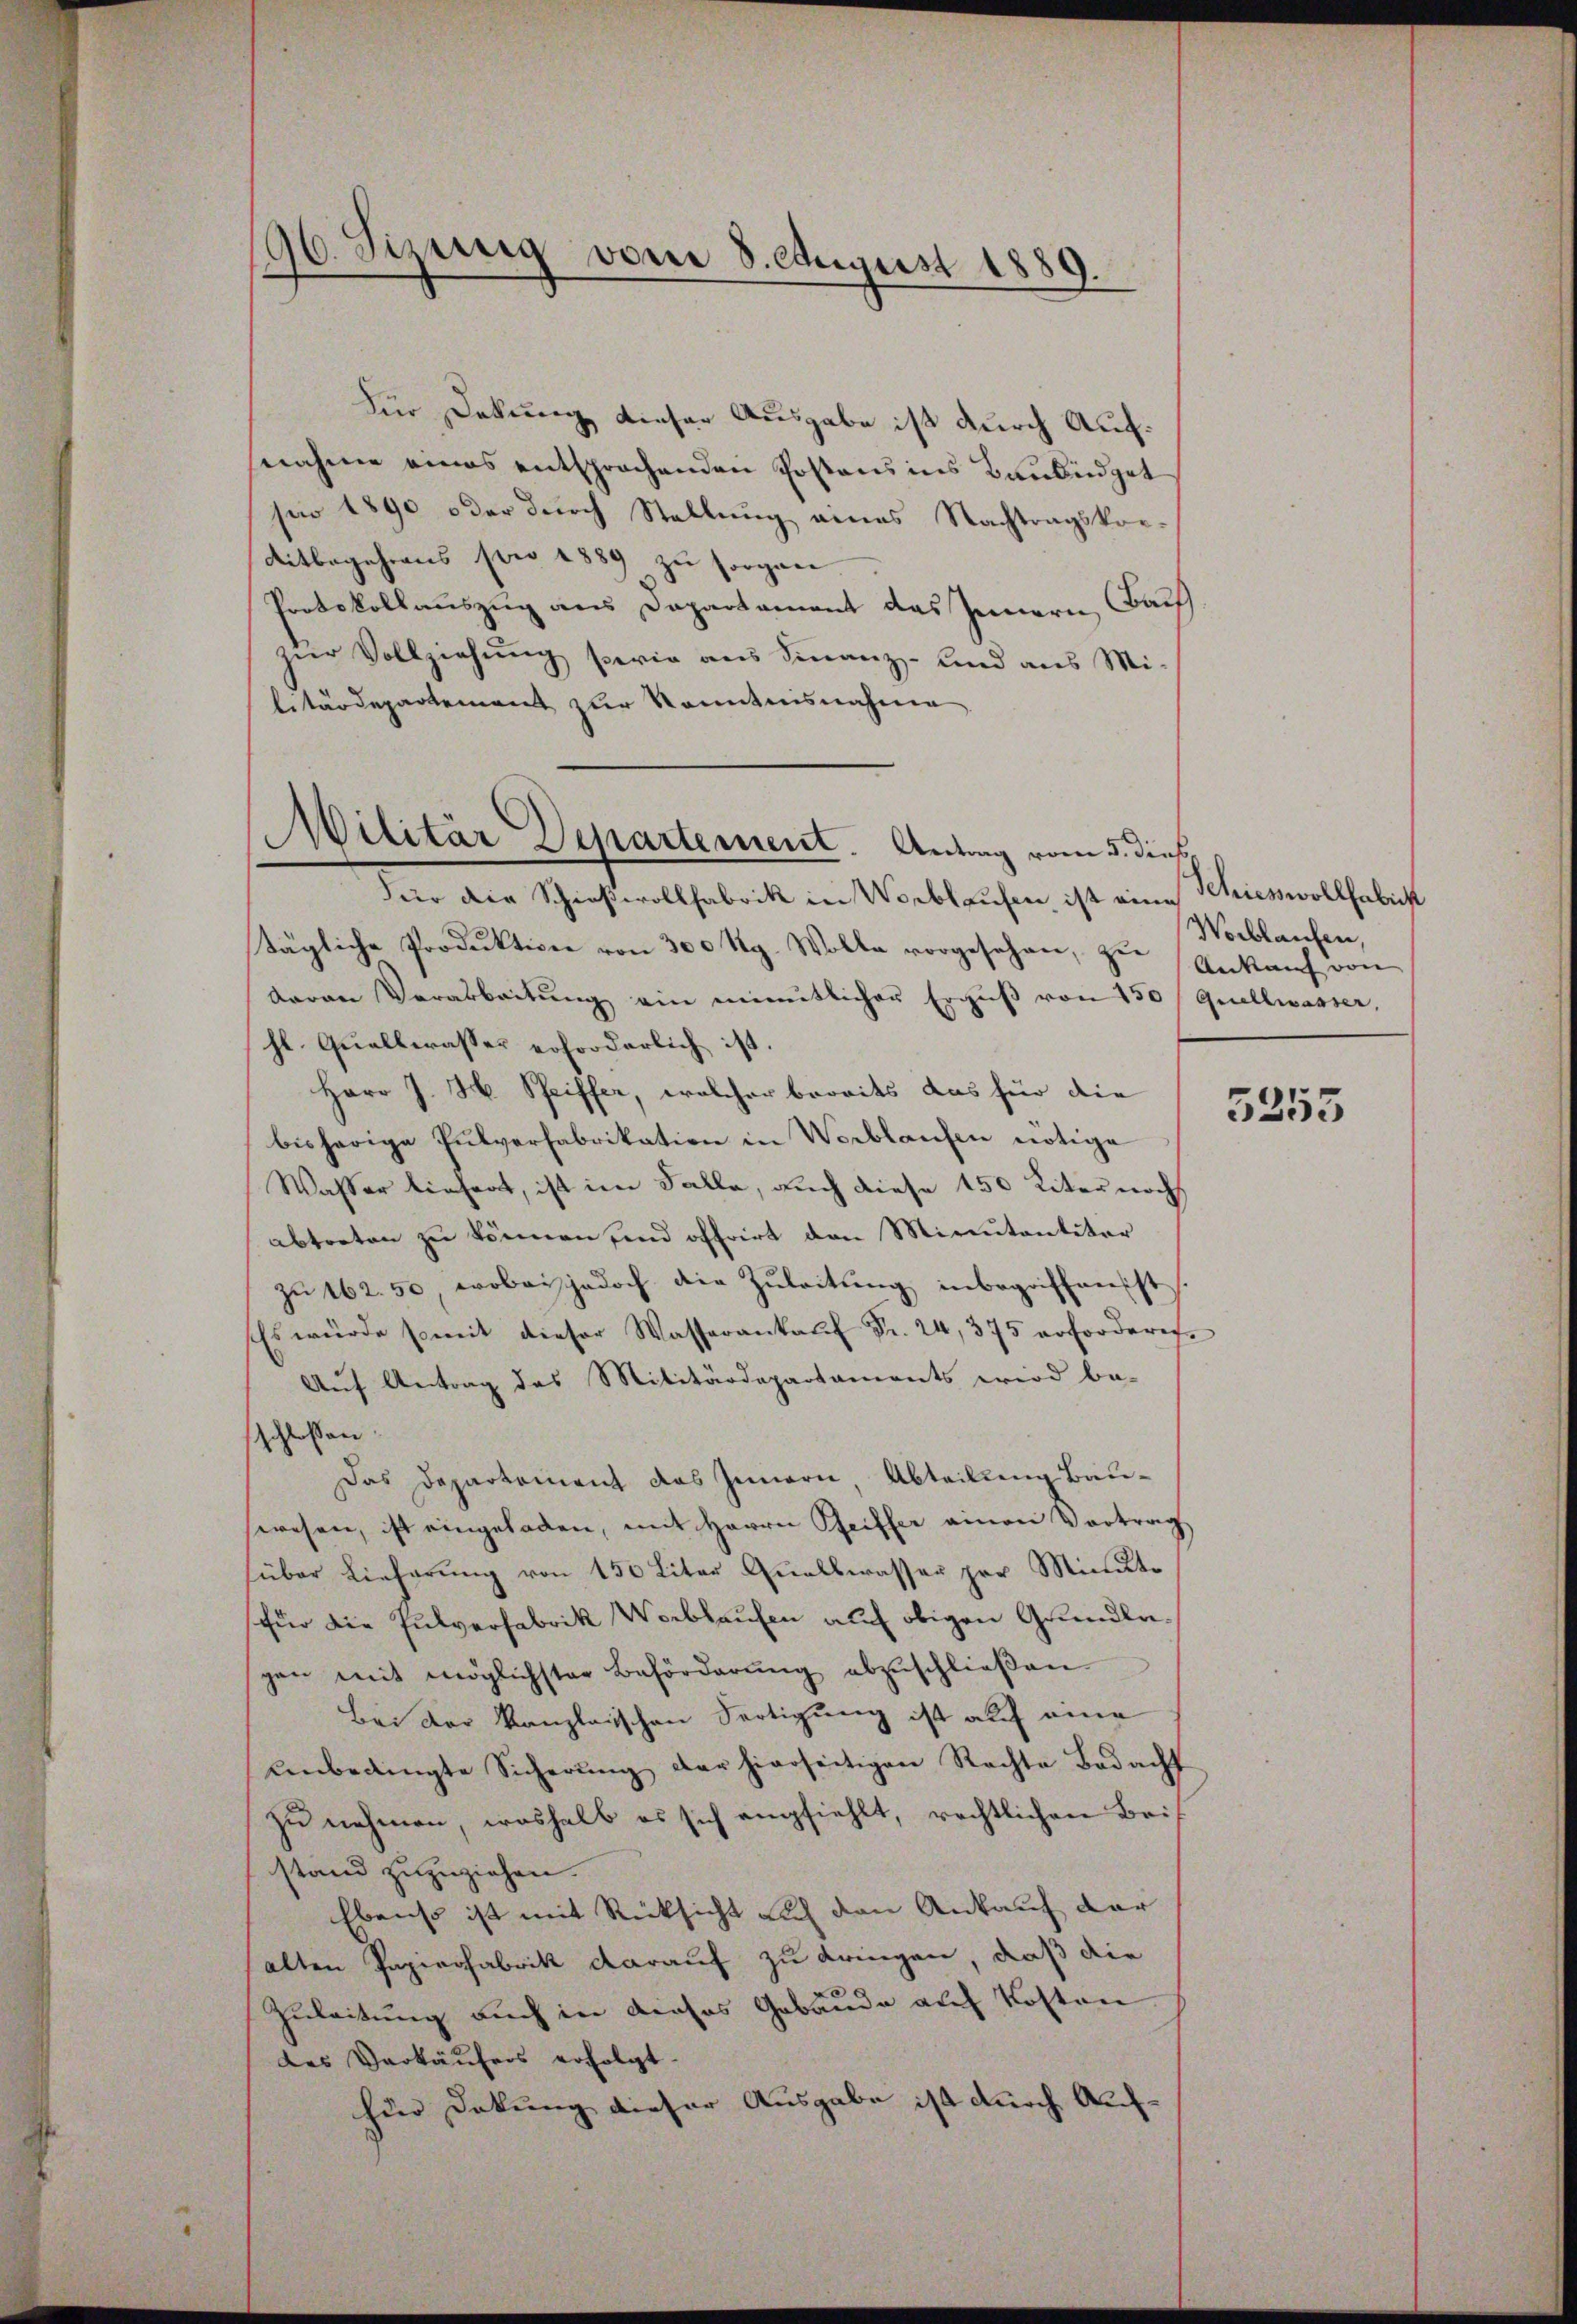
Für Deckung dieser Ausgabe ist durch Aufnahme eines entsprochenden Postens ins Baubüdget
sar 1890 oder dŭrch Stellŭng eines Nachtragskor-
Mitbegehrens pro 1889 zu sorgen
Protokollauszug aus Departement das Innern, Taufzur Vollziehung sowie aus Finanz- und aus Militärdepartement zur Kenntnisnahme
Für die Schießrollfabrik in Worblaufen, ist eine Schiesswollhabest
tägliche Produktion von 300 Rg. Wolke vorgesehen, zu Ankaŭf von
daran Verarbeitŭng ein eintlicher Ergŭβ von 150 / Quellwasser,
hl. Quallwasser erforderlich ist.
Herr J. H. Pfeiffer, welcher brovits das für die
bisherige Pulverfabrikation in Werblaufen nötige
Wasser liefert, ist im Falle, auch diese 150 Liter noch
abtreten zu können sind offrirt den Minutantitär
zu 162. 50 wobei jedoch die Zuleitung inbegriffensist
Es würde somit dieser Wasserankaŭf Fr. 24, 375 erforderes-
Auf Antrag des Militärdepartaments wird be-
schloßen
Das Departement das Innern, Abteilung Bauwesen, ist eingeladen, mit Herrn Geiffer einen Vortrag
süber Lieferung von 150 Liter Quallwasser per Minute
für die Pulverfabrik Werbhaufen auf obigen Grundlagen mit möglichster Behörderŭng abzŭschlieβen.
Bei der Kanzleischen Fertigung ist auf eine
Unbedingte Sicherŭng der hierseitigen Rechte Bedacht
zu nehmen, woshalb es sich empfiehlt, rechtlichen Beistand zuzuziehen.
Ebenso ist mit Rücksicht auf den Ankauf der
alten Papierfabrik darauf zu dringen, daß die
Zuleitung auch in dieses Gebäude auf Kosten
des Verkäufers erfolgt.
hin Dokung dieser Ausgabe ist durch Auf¬

16. Sizung vom 8. August 1889.
.

Militär Departement. Antrag vom 5. dies

Woblaufen,

5255